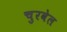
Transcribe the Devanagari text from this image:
चुरवेल